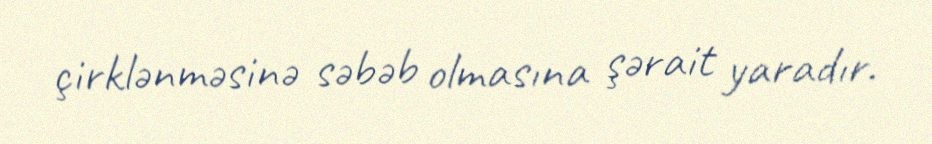
çirklənməsinə səbəb olmasına şərait yaradır.